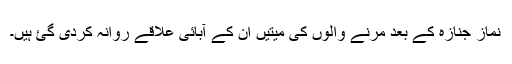
نماز جنازہ کے بعد مرنے والوں کی میتیں ان کے آبائی علاقے روانہ کردی گئ ہیں۔